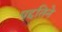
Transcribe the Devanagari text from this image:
पद्दतिने